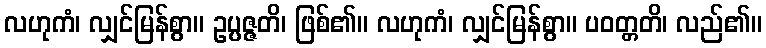
လဟုကံ၊ လျှင်မြန်စွာ။ ဥပ္ပဇ္ဇတိ၊ ဖြစ်၏။ လဟုကံ၊ လျှင်မြန်စွာ။ ပဝတ္တတိ၊ လည်၏။